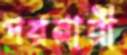
পরনারী